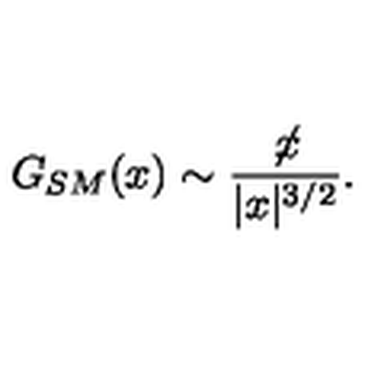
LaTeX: G _ { S M } ( x ) \sim \frac { \not \! x } { | x | ^ { 3 / 2 } } .